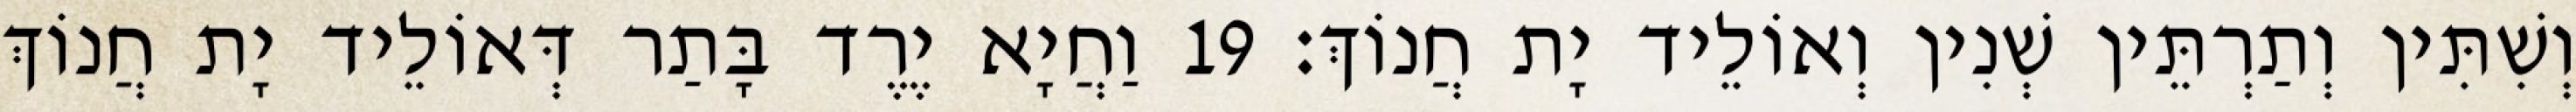
וְשִׁתִּין וְתַרְתֵּין שְׁנִין וְאוֹלֵיד יָת חֲנוֹךְ׃ 19 וַחֲיָא יֶרֶד בָּתַר דְּאוֹלֵיד יָת חֲנוֹךְ